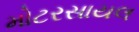
મોટરસાયલ